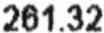
261.32